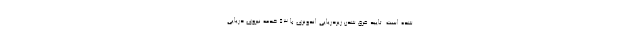
شده است. تایید غرق شدن زیردریایی اندونزی با 53 خدمه نیروی دریایی